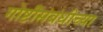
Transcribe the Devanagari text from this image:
गोष्टींसंबंधीच्या